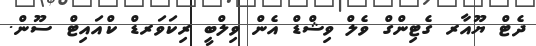
ދެޓް ޔޫއާރ ގެޓިންގް ވެލް ވިޝްޑް އެން ވިލްބީ ރިކަވަރޑް ކްއައިޓް ސޫން.